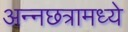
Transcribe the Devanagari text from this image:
अन्नछत्रामध्ये